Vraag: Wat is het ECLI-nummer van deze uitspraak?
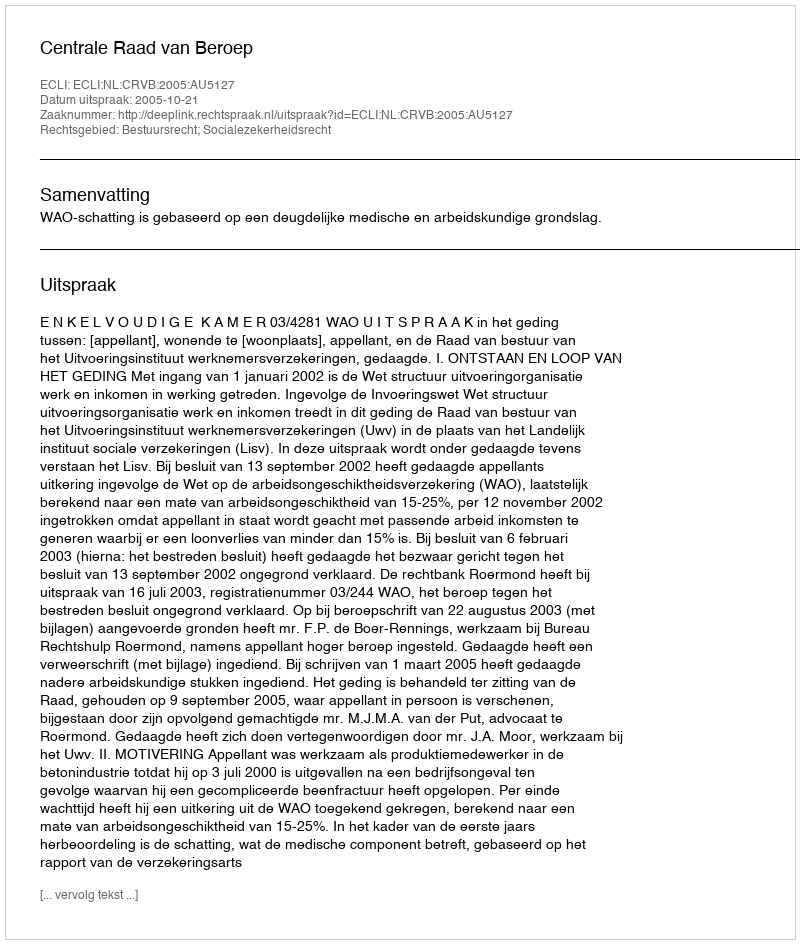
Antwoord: ECLI:NL:CRVB:2005:AU5127